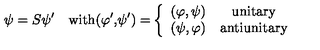
\psi = S \psi ^ { \prime \quad } \mathrm { w i t h ( } \varphi ^ { \prime } \mathrm { , } \psi ^ { \prime } \mathrm { ) = } \left\{ \begin{array} { c c } { ( \varphi , \psi ) } & { \mathrm { u n i t a r y } } \\ { ( \psi , \varphi ) } & { \mathrm { a n t i u n i t a r y } } \\ \end{array} \right.